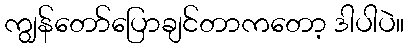
ကျွန်တော်ပြောချင်တာကတော့ ဒါပါပဲ။